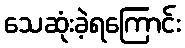
သေဆုံးခဲ့ရကြောင်း